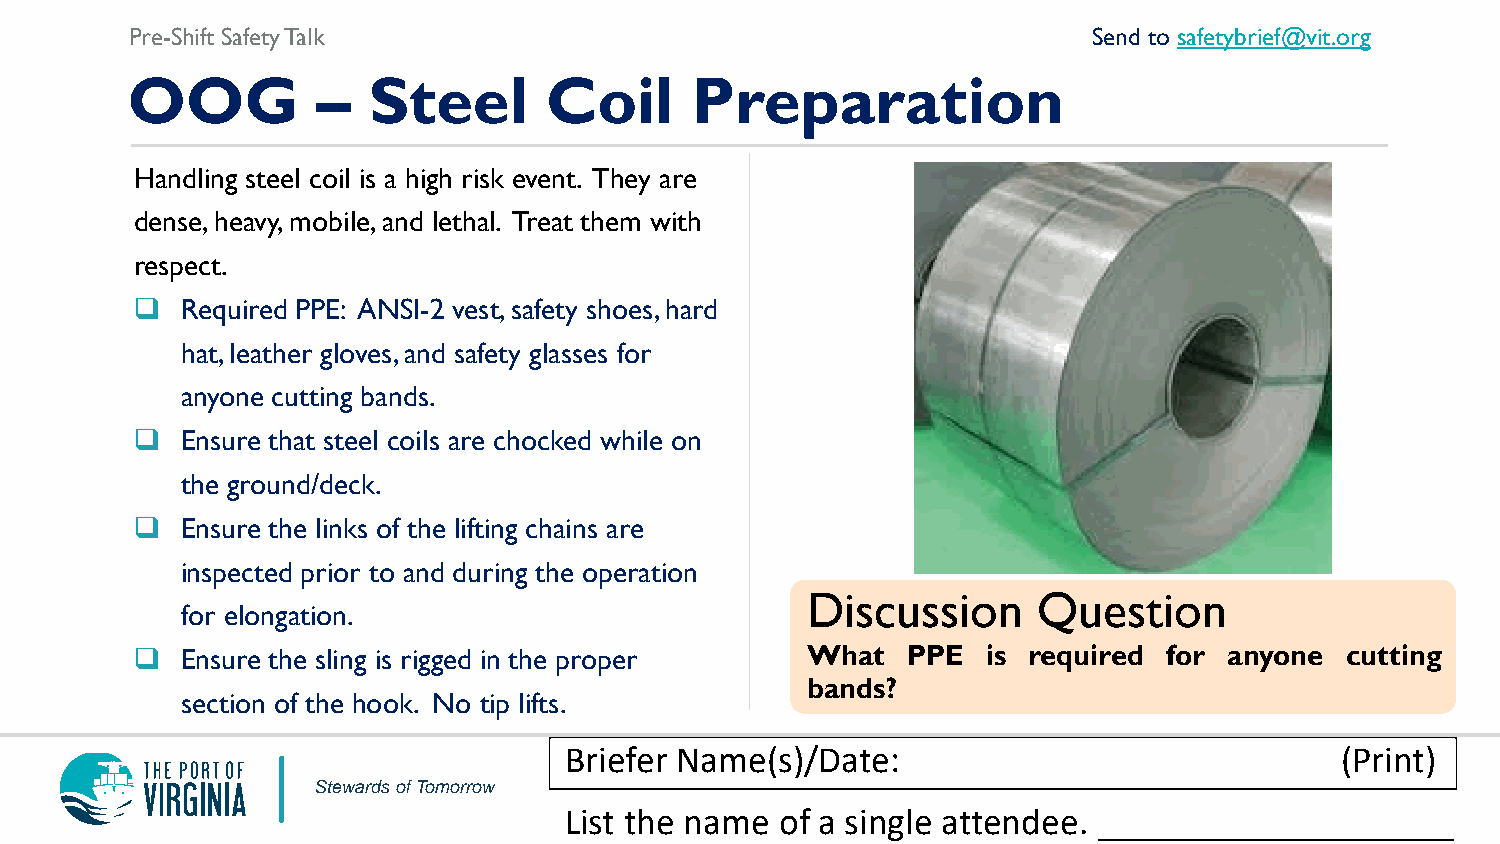
Pre-Shift Safety Talk                                          Send to safetybrief@vit.org
 OOG          –  Steel       Coil      Preparation
 Handling steel coil is a high risk event. They are
 dense, heavy, mobile, and lethal. Treat them with
 respect.
   Required PPE: ANSI-2 vest, safety shoes, hard
 hat, leather gloves, and safety glasses for
 anyone cutting bands.
   Ensure that steel coils are chocked while on
 the ground/deck.
   Ensure the links of the lifting chains are
 inspected prior to and during the operation
 Discussion      Question
 for elongation.
   Ensure the sling is rigged in the proper What   PPE  is required for anyone  cutting
 bands?
 section of the hook. No tip lifts.
 Briefer Name(s)/Date:                               (Print)
 Stewards of Tomorrow
 List the name  of a single attendee. ___________________